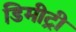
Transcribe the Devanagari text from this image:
डिमीट्री